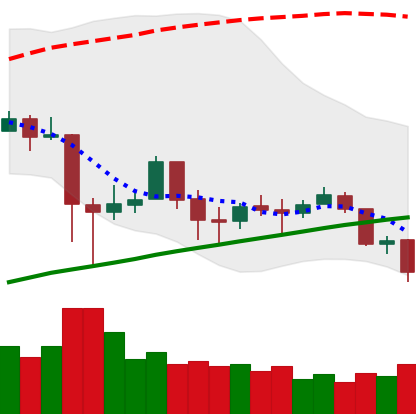
Ticker: BTC-USD
Chart end date: 2018-02-01
Forward return: -15.447%
Label: down_7plus